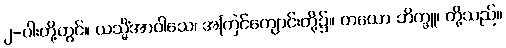
၂-ပါးတို့တွင်။ ယသ္မိံအာဝါသေ၊ အကြင်ကျောင်းတို့၌။ တယော ဘိက္ခူ၊ တို့သည်။